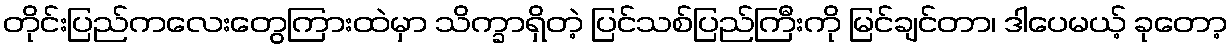
တိုင်းပြည်ကလေးတွေကြားထဲမှာ သိက္ခာရှိတဲ့ ပြင်သစ်ပြည်ကြီးကို မြင်ချင်တာ၊ ဒါပေမယ့် ခုတော့